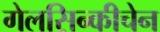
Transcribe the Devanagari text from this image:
गेलसिन्कीचेन